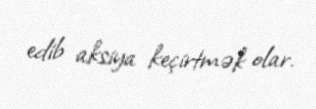
edib aksiya keçirtmək olar.